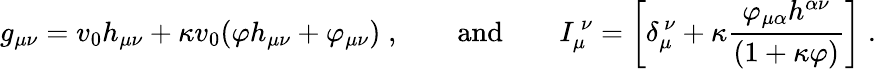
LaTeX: g_{\mu\nu}=v_{0}h_{\mu\nu}+\kappa v_{0}(\varphi h_{\mu\nu}+\varphi_{\mu\nu})\; ,\qquad\mathrm{and}\qquad I_{\mu}^{\ \nu}=\left[\delta_{\mu}^{\ \nu}+\kappa\frac{\varphi_{\mu\alpha}h^{\alpha\nu}}{(1+\kappa\varphi)}\right]\; .